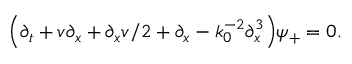
\Bigl ( \partial _ { t } + v \partial _ { x } + \partial _ { x } v / 2 + \partial _ { x } - k _ { 0 } ^ { - 2 } \partial _ { x } ^ { 3 } \Bigr ) \psi _ { + } = 0 .